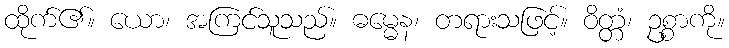
ထိုက်၏။ ယော၊ အကြင်သူသည်။ ဓမ္မေန၊ တရားသဖြင့်။ ဝိတ္တံ၊ ဥစ္စာကို။